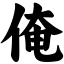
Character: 俺